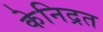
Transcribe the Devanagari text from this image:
केनिद्रत